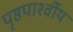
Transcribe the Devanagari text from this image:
पृष्ठपार्श्वीय